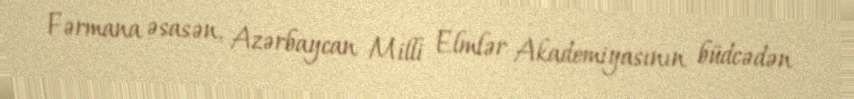
Fərmana əsasən, Azərbaycan Milli Elmlər Akademiyasının büdcədən